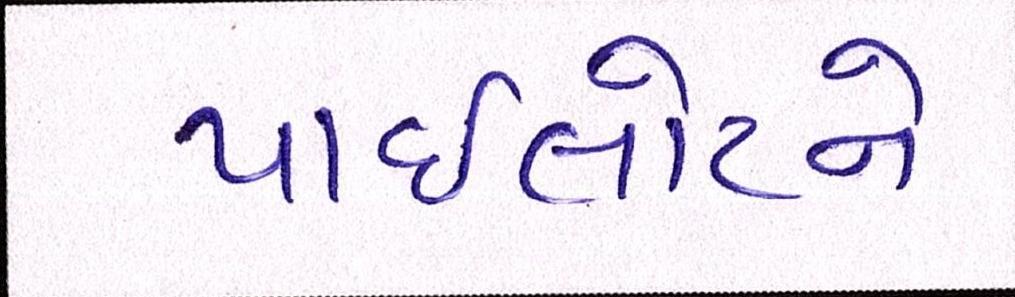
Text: પાઈલોટને